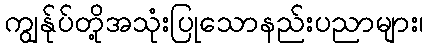
ကျွန်ုပ်တို့အသုံးပြုသောနည်းပညာများ၊